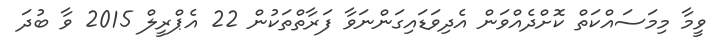
ވީމާ މިމަސައްކަތް ކޮށްދެއްވަން އެދިވަޑައިގަންނަވާ ފަރާތްތަކުން 22 އެޕްރީލް 2015 ވާ ބުދަ